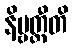
နိဗ္ဗတ္တီတိ